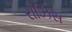
રોઝિસ